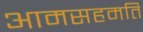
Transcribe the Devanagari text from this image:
आमसहमति